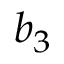
b _ { 3 }